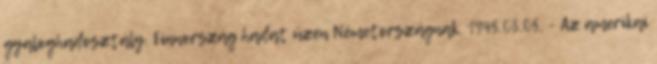
gyaloghadosztály. Finnország hadat üzen Németországnak. 1945.03.05. - Az amerikai